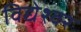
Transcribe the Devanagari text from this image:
विद्येश्वर